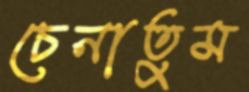
চেনাতুম